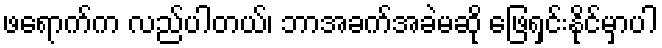
ဖရောက်က လည်ပါတယ်၊ ဘာအခက်အခဲမဆို ဖြေရှင်းနိုင်မှာပါ